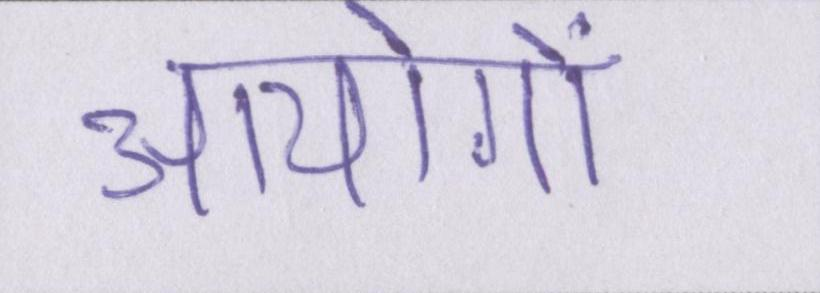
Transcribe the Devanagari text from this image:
आयोगों